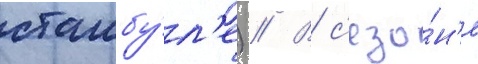
стамбу́л'е) // В с'езо́н'е